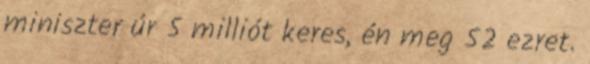
miniszter úr 5 milliót keres, én meg 52 ezret.